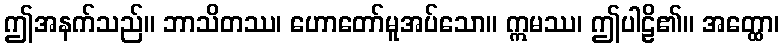
ဤအနက်သည်။ ဘာသိတဿ၊ ဟောတော်မူအပ်သော။ ဣမဿ၊ ဤပါဠိ၏။ အတ္ထော၊